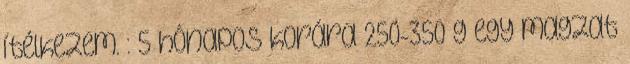
ítélkezem. : 5 hónapos korára 250-350 g egy magzat